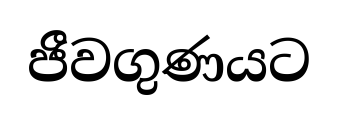
ජීවගුණයට